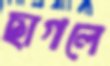
ছাগলে